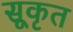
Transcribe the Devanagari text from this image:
सूकृत